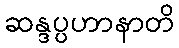
ဆန္ဒပ္ပဟာနာတိ